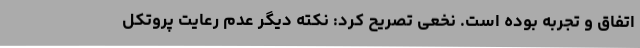
اتفاق و تجربه بوده است. نخعی تصریح کرد: نکته دیگر عدم رعایت پروتکل